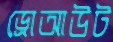
ড্রোআউট